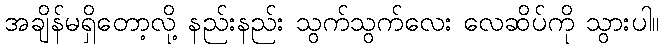
အချိန်မရှိတော့လို့ နည်းနည်း သွက်သွက်လေး လေဆိပ်ကို သွားပါ။